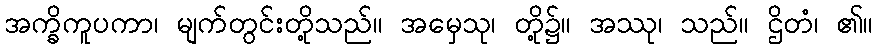
အက္ခိကူပကာ၊ မျက်တွင်းတို့သည်။ အမှေသု၊ တို့၌။ အဿု၊ သည်။ ဌိတံ၊ ၏။